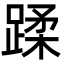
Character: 蹂